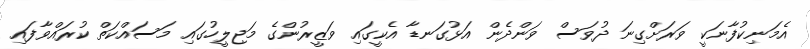
އެމަނިކުފާނަކީ ވަރަށްގިނަ ދުވަސް ވަންދެން އަޅުގަނޑާ އެކީގައި ވަޒީރުންގެ މަޖިލީހުގައި މަސައްކަތް ކުރައްވާފައި